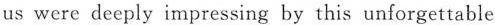
us were deeply impressing by this unforgettable